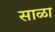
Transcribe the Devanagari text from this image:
साळा